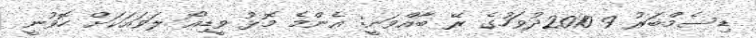
ޑިސެމްބަރު 9 2010ދުވަހުގެ ރޭ ބާއްވަނީ: އެންމެ މޮޅު ވީޑިއޯ ލަވައަކަށް ހޮވުނީ